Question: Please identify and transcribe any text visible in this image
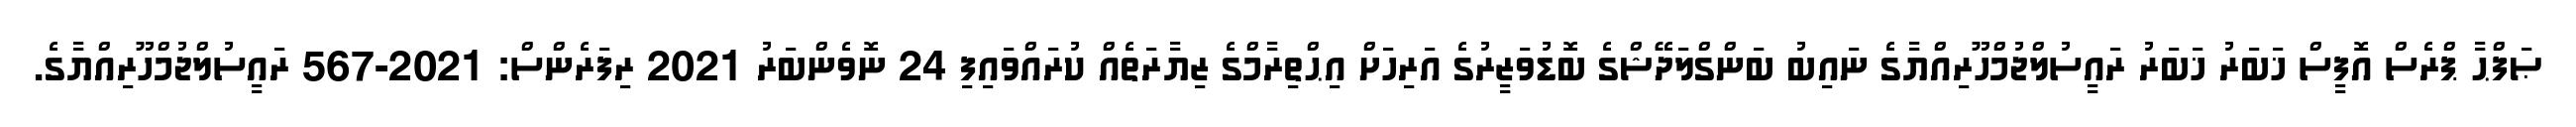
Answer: ޞަފްޙާ ޕްރެސް އޮފީސް ޚަބަރު ޚަބަރު ރައީސުލްޖުމްހޫރިއްޔާގެ ނައިބު ބަންގްލަދޭޝްގެ ބޮޑުވަޒީރުގެ އަރިހަށް އިޙްތިރާމްގެ ޒިޔާރަތެއް ކުރައްވައިފި 24 ނޮވެންބަރު 2021 ރިފަރެންސް: 2021-567 ރައީސުލްޖުމްހޫރިއްޔާގެ.